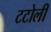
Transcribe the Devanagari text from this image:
टटोली